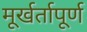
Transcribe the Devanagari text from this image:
मूर्खर्तापूर्ण